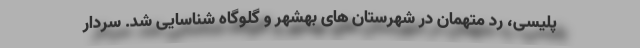
پلیسی، رد متهمان در شهرستان های بهشهر و گلوگاه شناسایی شد. سردار